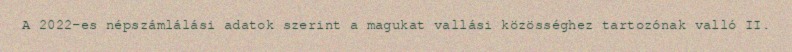
A 2022-es népszámlálási adatok szerint a magukat vallási közösséghez tartozónak valló II.